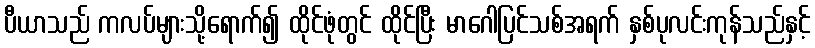
ပီယာသည် ကလပ်များသို့ရောက်၍ ထိုင်ဖုံတွင် ထိုင်ပြီး မာဂေါပြင်သစ်အရက် နှစ်ပုလင်းကုန်သည်နှင့်